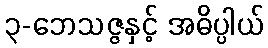
၃-ဘေသဇ္ဇနှင့် အဓိပ္ပါယ်